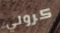
كرولي